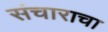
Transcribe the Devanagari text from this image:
संचाराचा